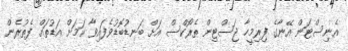
އެނިސްޓަން އޭނާގެ ފިރިމީހާ ޖަސްޓިން ތެރޯކްސް އަށް ބަނޑުބޮޑުވެފައިވާ ކަމަށް އަޑުތައް ފެތުރެން